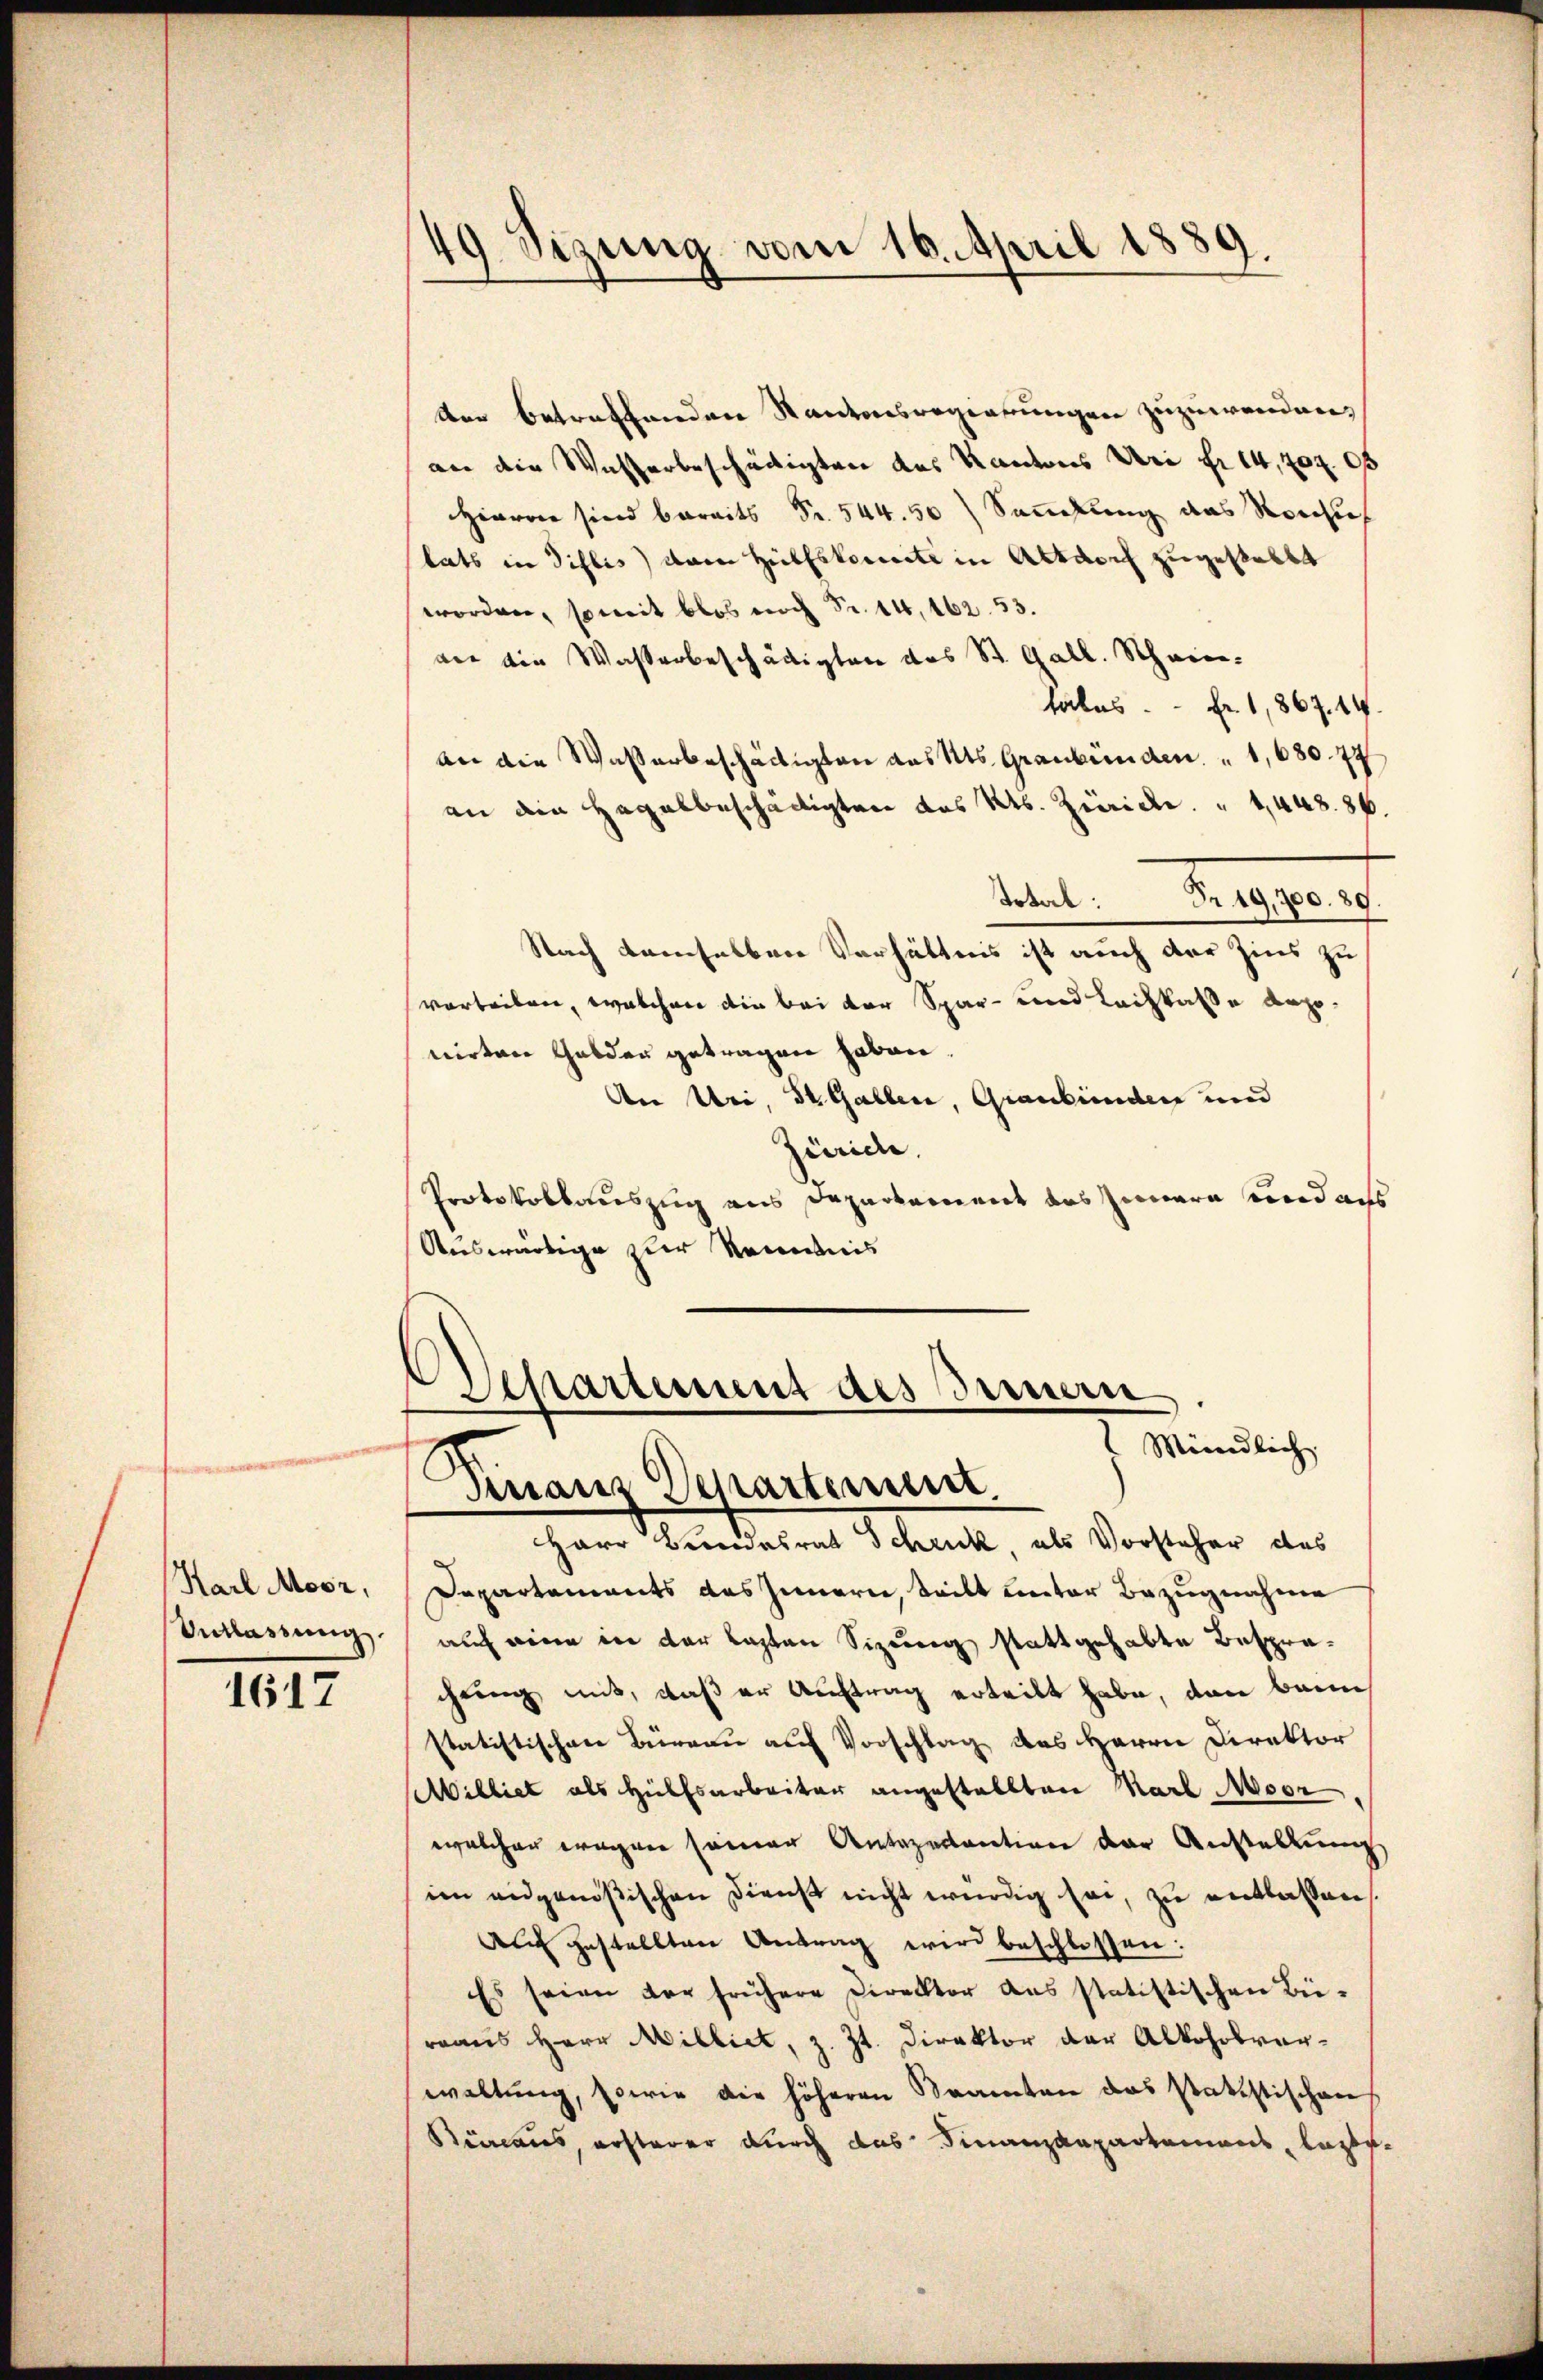
Karl Moor,
Entlassung

1617

der betreffenden Kantonsregierungen zuzuwenden,
an die Wasserbeschädigten des Kantons Uri fr. 14,704 05
Hievon sind bereits Fr. 544. 50) Sankung das Reichis
lats in Dislis) dann Hülfskomite in Altdorf zugestalte
worden, soweit blos noch Fr. 14, 162. 53.
von die Wasserbeschädigten das St. Gall. Schwietales. Fr. 1,867. 44.
an die Waßerbeschädigten aus Kts. Graubünden " 1,630. 77
an die Hagalbeschädigten des Kts. Zürich. " 1,448. 86.
Tobel. Prag. 10. 19.
Nach demselben Verhältnis ist auch der Zins zu
vorteilen, welchen die bei der Spar- und Leihkasse deponirten Gulden getragen haben
Aen Uri, St. Gallen, Graubünden und
Zürich
Protokollauszug aus Departement das Innern und aus
Auswärtige zur Kenntnis

49 Sizung vom 16. April 1889.

Departement des Bernern
Mündlich
Fenaus Departement.

Herr Brandesrat Schrick als Vorsteher des
Departements des Innern, teilt unter Bezugnahme
auf eine in der Lasten Sizung stattgehabte Besprächung mit, daß er Auftrag erteilt habe, dann beim
statistischen Büreau auf Vorschlag des Herrn Direktor
Milliet als Hülfsarbeiter angestellten Karl Moor
welcher wegen seiner Antozectantion der Anstellung
im angenößischen Dienst nicht würdig sei, zu entlassen
Auch gestellten Antrag wird beschlossen:
Es seien der frühere Direktor des statistischen Bü-
rraus Herr Milliet, z. Zt. Direktor der Alkoholverwaltŭng, sowie die höheren Beamten das statistischen,
Beraus, ersterer durch das Finanzdepartemens, laste¬